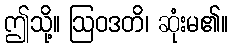
ဤသို့။ ဩဝဒတိ၊ ဆုံးမ၏။